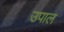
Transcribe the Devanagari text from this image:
उपाल